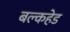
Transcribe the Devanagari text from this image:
बल्‍कहेड